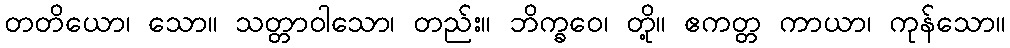
တတိယော၊ သော။ သတ္တာဝါသော၊ တည်း။ ဘိက္ခဝေ၊ တို့။ ဧကတ္တ ကာယာ၊ ကုန်သော။